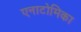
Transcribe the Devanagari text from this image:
एनाटोमिका